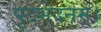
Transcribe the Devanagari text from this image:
पुटभेदनम्।